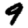
Digit: 9